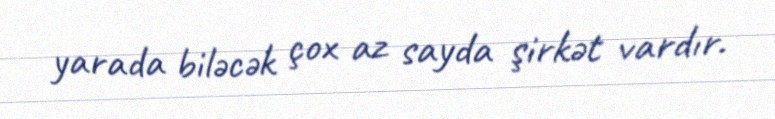
yarada biləcək çox az sayda şirkət vardır.